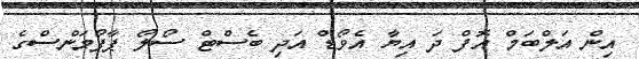
އިން އަލްބަމް އޮފް ދަ އިޔާ އެވޯޑް އަދި ބެސްޓް ސޯލޯ ޕާފޯމަންސްގެ